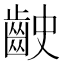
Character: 𪗧